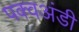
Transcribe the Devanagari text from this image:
पक्वअंडी